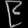
Digit: ၉